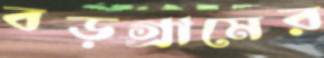
বড়গ্রামের